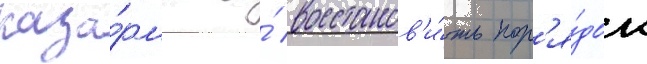
каза́рмы и́ восстанов'и́ть пор'я́док